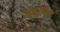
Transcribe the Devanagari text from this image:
बढ़ावों